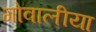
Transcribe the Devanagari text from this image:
गोवालीया